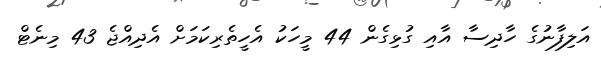
އަލިފާނުގެ ހާދިސާ އާއި ގުޅިގެން 44 މީހަކު އެހީތެރިކަމަށް އެދިއްޖެ 43 މިނެޓް